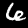
Label: 6